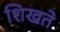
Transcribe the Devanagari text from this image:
शिखते